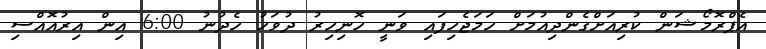
އެޕްރޮމޯޝަން ކުރިއަށްގެންދިއުމަށް ހަމަޖެހިފައި ވަނީ ހޮނިހިރު ދުވަހު ހެދުނު 6:00 އިން އިރުއޮއްސި